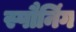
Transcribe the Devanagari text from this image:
स्पौनिंग